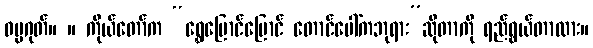
ဓမ္မဂုတ်။ ။ ကိုယ်တော်က “ရွှေပြောင်ပြောင် တောင်ပေါ်ကဘုရား”ဆိုတာကို ရည်ရွယ်တာလား။